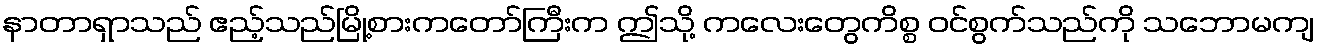
နာတာရှာသည် ဧည့်သည်မြို့စားကတော်ကြီးက ဤသို့ ကလေးတွေကိစ္စ ဝင်စွက်သည်ကို သဘောမကျ